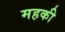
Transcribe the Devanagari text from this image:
महकी